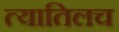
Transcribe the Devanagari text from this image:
त्यातिलच